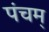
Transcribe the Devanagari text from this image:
पंचम्‌